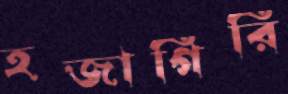
হজাগিরি